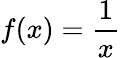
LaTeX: f(x)={\frac{1}{x}}